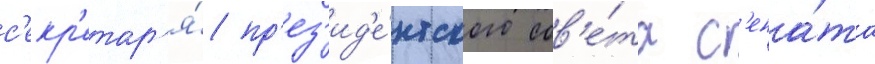
с'екр'етар'я́ пр'ез'ид'е́нтского сов'е́та с'ена́та